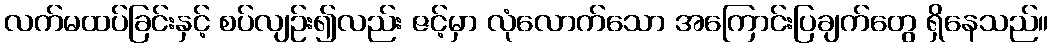
လက်မထပ်ခြင်းနှင့် စပ်လျဉ်း၍လည်း ဇင့်မှာ လုံလောက်သော အကြောင်းပြချက်တွေ ရှိနေသည်။